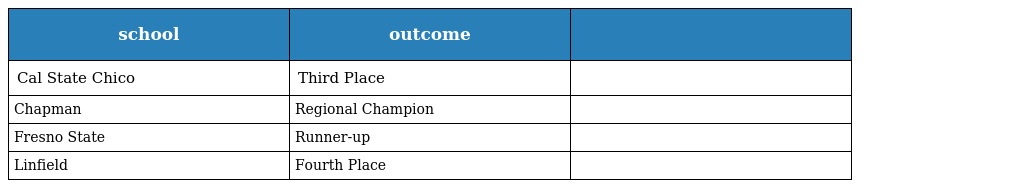
| school | outcome |  |
 | --- | --- | --- |
 | Cal State Chico | Third Place |  |
 | Chapman | Regional Champion |  |
 | Fresno State | Runner-up |  |
 | Linfield | Fourth Place |  |